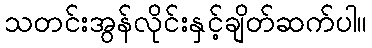
သတင်းအွန်လိုင်းနှင့်ချိတ်ဆက်ပါ။